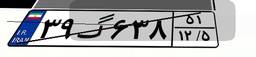
۳۹گ۶۳۸۵۱